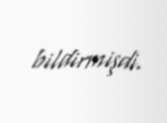
bildirmişdi.